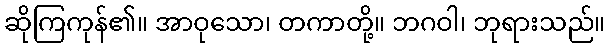
ဆိုကြကုန်၏။ အာဝုသော၊ တကာတို့။ ဘဂဝါ၊ ဘုရားသည်။